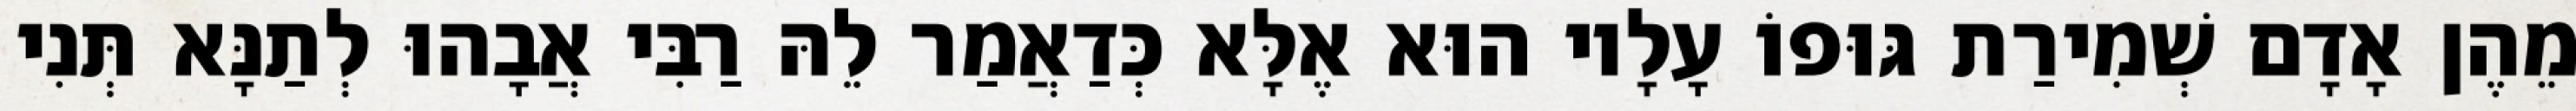
מֵהֶן אָדָם שְׁמִירַת גּוּפוֹ עָלָיו הוּא אֶלָּא כְּדַאֲמַר לֵהּ רַבִּי אֲבָהוּ לְתַנָּא תְּנִי